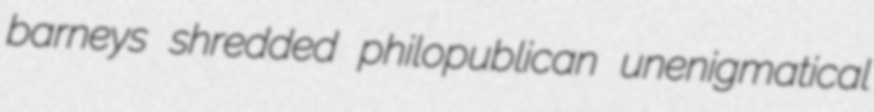
barneys shredded philopublican unenigmatical